Report on enteric fever
Disease focus: Fever
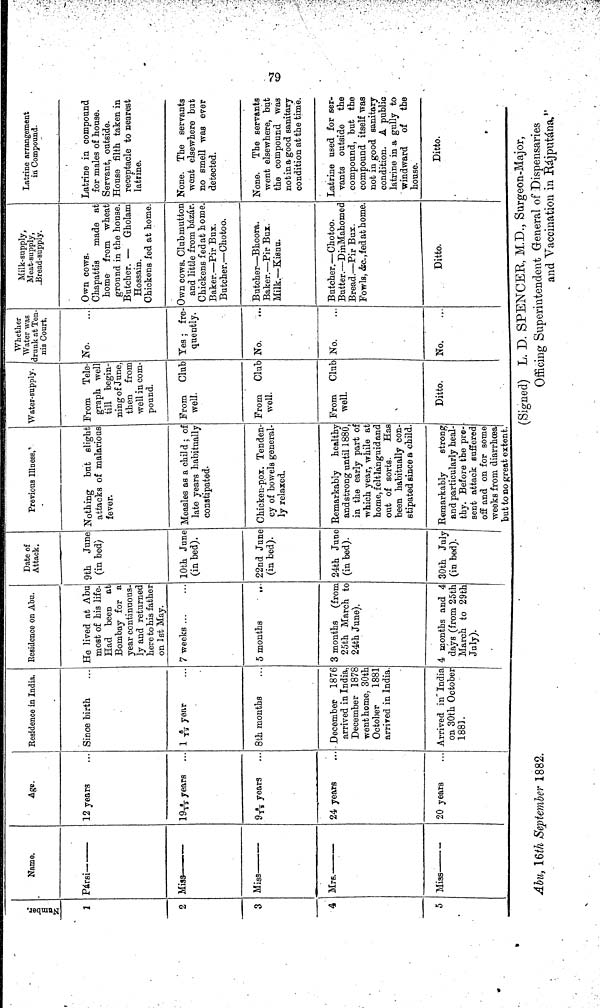
79
Number.
2
2
3
4
5
Name.
Pársi
Miss
Mrs.
Miss
Age.
12 years
19\6/12\
years
9\6/12\ years
24 years
20 years
Residence in India.
Since birth
1 \6/12\ year
8th months
December 1876
arrived in India,
December 1878
went home, 30th
October
1881
arrived in India
Arrived in India
on 30th October
1881.
Residence on Abu.
He lived at Abu
most of his life.
Had been at
Bombay for a
year continuous-
ly and returnee
here to his father
on 1st May.
7 weeks ...
5 months
...
3 months (from
25th March to
24th June).
4 months and 4
days (from 25th
March to 29th
July).
Date of
Attack.
9th June
(in bed)
10th June
(in bed).
22nd June
(in bed).
24th June
(in bed).
30th July
(in bed).
Previous Illness, 1
Nothing but slight
attacks of malarious
fever.
Measles as a child ; of
late years habitually
constipated.
Chicken-pox. Tenden-
cy of bowels general-
ly relaxed.
Remarkably healthy
and strong until 1880,
in the early part of
which year, while at
home, felt languid and
out of sorts.
Has
been habitually con-
stipated since a child.
Remarkably
strong
and particularly heal-
thy. Before the pre-
sent attack suffered
off and on for some
weeks from diarrhœa
Water-supply.
From Tele-
graph well
till begin-
ning of June,
then from
well in com-
pound.
From Club
well.
From Club
well.
From Club
well.
Ditto.
Whether
Water was
drunk at Ten-
nis Court.
No.
Yes ; fre-
quently.
No.
No.
No.
Milk-supply,
Meat-supply,
Bread-supply,
Own cows.
Chapattis made at
home from wheat
ground in the house.
Butcher. — Gholam
Hossain.
Chickens fed at home.
Own cows. Clubmutton
and little from bazar.
Chickens fed at home.
Baker.— Pir Bux.
Butcher.— Chotoo.
Butcher—Bhoora.
Baker.—Pir Bux.
Milk.—Kisnu.
Butcher.—Chotoo.
Butter.—DinMahomed
Bread.—Pir Bux.
Fowls, &c., fed at home.
Ditto.
Latrine arrangement
in Compound.
Latrine in compound
for males of house.
Servant, outside.
House filth taken in
receptacle to nearest
latrine.
None. The servants
went elsewhere but
no smell was ever
detected.
None. The servants
went elsewhere, but
the compound was
not in a good sanitary
condition at the time.
Latrine used for ser-
vants outside the
compound, but the
compound itself was
not in good sanitary
condition. A public
latrine in a gully to
windward of the
house.
Ditto.
Abu, 16th September 1882.
(Signed) L. D. SPENCER, M.D., Surgeon-Major,
Officing Superintendent General of Dispensaries
and Vaccination in Rájputána."